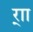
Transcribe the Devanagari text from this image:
र्‍ाा